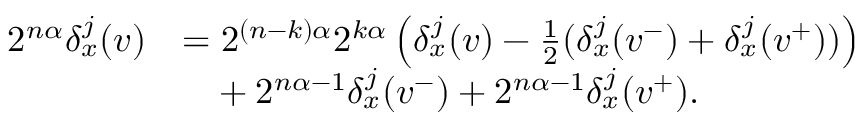
\begin{array} { r l } { 2 ^ { n \alpha } \delta _ { x } ^ { j } ( v ) } & { = 2 ^ { ( n - k ) \alpha } 2 ^ { k \alpha } \left( \delta _ { x } ^ { j } ( v ) - \frac 1 2 ( \delta _ { x } ^ { j } ( v ^ { - } ) + \delta _ { x } ^ { j } ( v ^ { + } ) ) \right) } \\ & { \phantom { = } + 2 ^ { n \alpha - 1 } \delta _ { x } ^ { j } ( v ^ { - } ) + 2 ^ { n \alpha - 1 } \delta _ { x } ^ { j } ( v ^ { + } ) \mathrm { . } } \end{array}